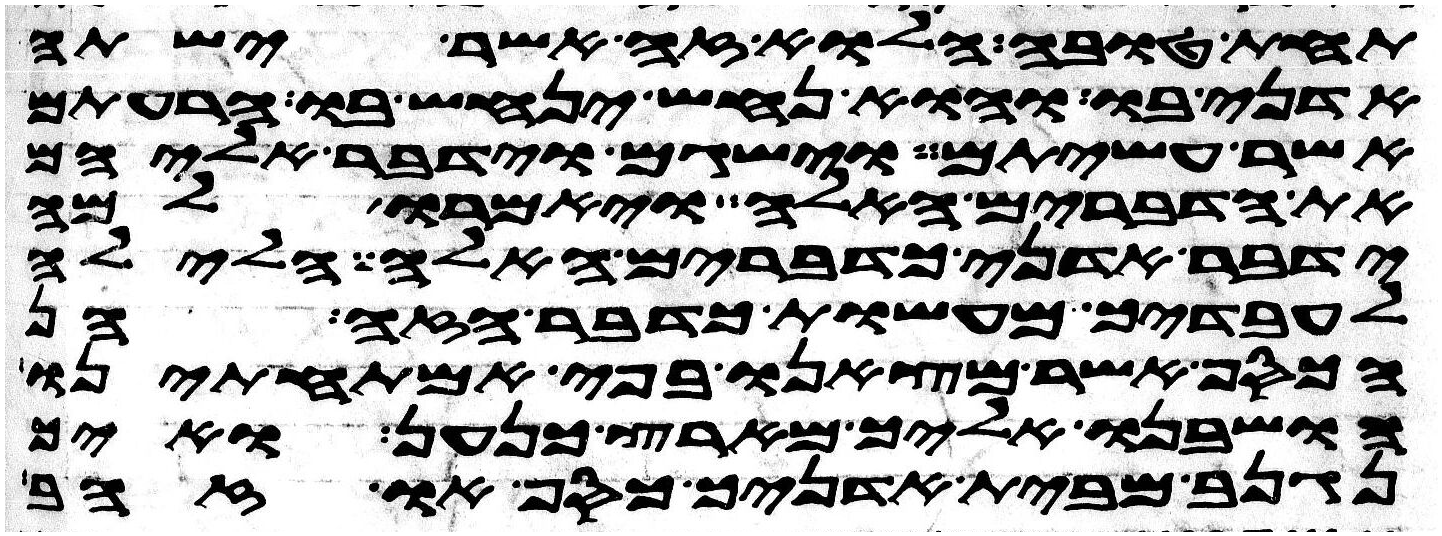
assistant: תחת טובה הלוא זה אשר ישתה
אדני בו והוא נחש ינחש בו הרעתם
אשר עשיתם וישגם וידבר אליהם
את הדברים האלה ויאמרו למה
ידבר אדני כדברים האלה חלילה
לעבדיך מעשות כדבר הזה הן
הכסף אשר מצאנו בפי אמתחתינו
הושבנו אליך מארץ כנען ואיך
נגנב מבית אדניך כסף או זהב